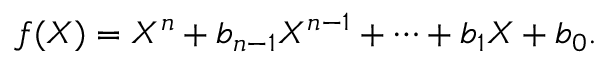
f ( X ) = X ^ { n } + b _ { n - 1 } X ^ { n - 1 } + \cdots + b _ { 1 } X + b _ { 0 } .